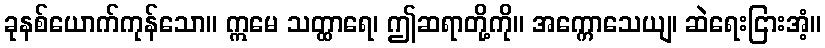
ခုနစ်ယောက်ကုန်သော။ ဣမေ သတ္ထာရေ၊ ဤဆရာတို့ကို။ အက္ကောသေယျ၊ ဆဲရေးငြားအံ့။